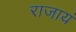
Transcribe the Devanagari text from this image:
राजायं